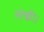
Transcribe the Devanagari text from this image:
लेकी।